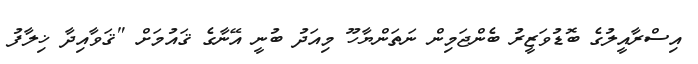
އިސްރާއީލުގެ ބޮޑުވަޒީރު ބެންޖަމިން ނަތަންޔާހޫ މިއަދު ބުނީ އޭނާގެ ޤައުމަށް "ޤަވާއިދާ ޚިލާފު